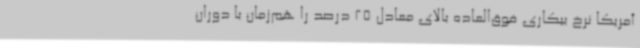
آمریکا نرخ بیکاری فوق‌العاده بالای معادل 25 درصد را هم‌زمان با دوران